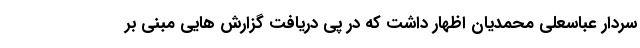
سردار عباسعلی محمدیان اظهار داشت که در پی دریافت گزارش هایی مبنی بر